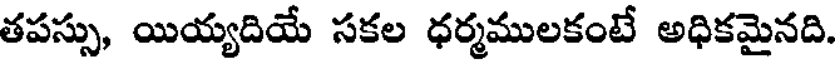
తపస్సు, యియ్యదియే సకల ధర్మములకంటే అధికమైనది.